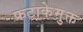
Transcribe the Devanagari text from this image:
फटाकेमुक्त